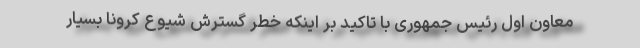
معاون اول رئیس جمهوری با تاکید بر اینکه خطر گسترش شیوع کرونا بسیار